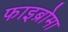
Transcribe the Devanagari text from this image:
फाइब्रोमा